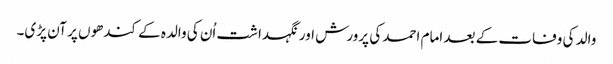
والد کی وفات کے بعد امام احمد کی پرورش اور نگہداشت اُن کی والدہ کے کندھوں پر آن پڑی۔